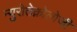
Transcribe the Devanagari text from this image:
न्युरोतेक्नोलोजी